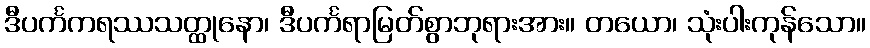
ဒီပင်္ကကရဿသတ္ထုနော၊ ဒီပင်္ကရာမြတ်စွာဘုရားအား။ တယော၊ သုံးပါးကုန်သော။